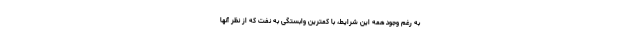
به رغم وجود همه این شرایط، با کمترین وابستگی به نفت که از نظر آنها